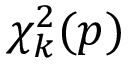
\chi _ { k } ^ { 2 } ( p )